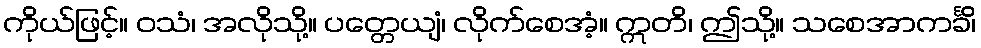
ကိုယ်ဖြင့်။ ဝသံ၊ အလိုသို့။ ပတ္တေယျံ၊ လိုက်စေအံ့။ ဣတိ၊ ဤသို့။ သစေအာကင်္ခိ၊